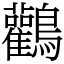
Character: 鸛